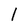
Character: l